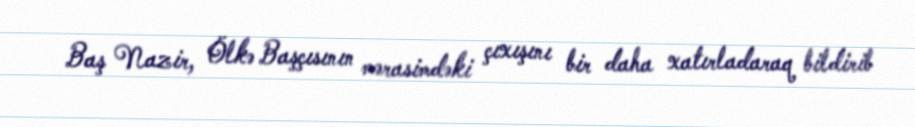
Baş Nazir, Ölkə Başçısının mərasimdəki çıxışını bir daha xatırladaraq bildirib